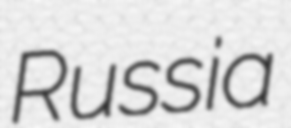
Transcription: Russia